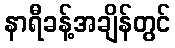
နာရီခန့်အချိန်တွင်